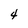
Character: 4